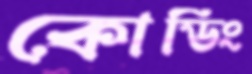
কোডিং